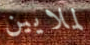
لملايين